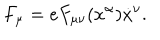
LaTeX: F _ { \mu } = e F _ { \mu \nu } ( x ^ { \alpha } ) \dot { x } ^ { \nu } .